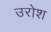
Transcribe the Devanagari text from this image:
उरोश